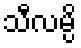
သီလမ္ပိ